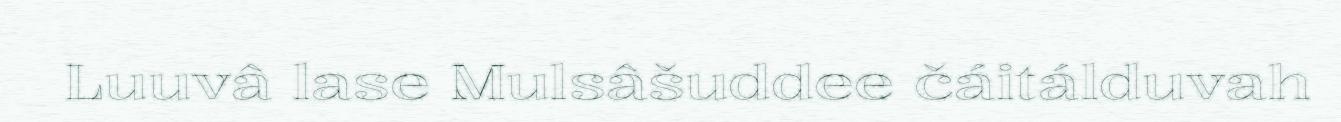
Luuvâ lase Mulsâšuddee čáitálduvah